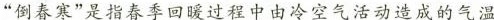
”倒春寒”是指春季回暖过程中由冷空气活动造成的气温